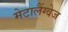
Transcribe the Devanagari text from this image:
मेटालैंग्वेज